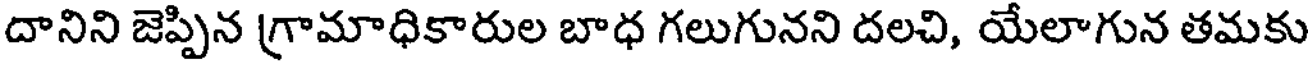
దానిని జెప్పిన గ్రామాధికారుల బాధ గలుగునని దలచి, యేలాగున తమకు